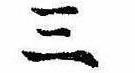
三